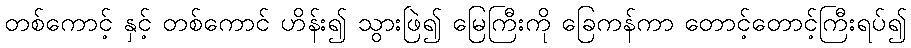
တစ်ကောင့် နှင့် တစ်ကောင် ဟိန်း၍ သွားဖြဲ၍ မြေကြီးကို ခြေကန်ကာ တောင့်တောင့်ကြီးရပ်၍